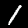
Label: 1